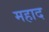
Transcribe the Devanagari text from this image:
महाद